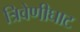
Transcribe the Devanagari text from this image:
त्रिवेणीघाट